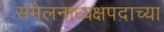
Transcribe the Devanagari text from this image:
संमेलनाध्यक्षपदाच्या